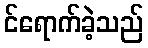
င်ရောက်ခဲ့သည်